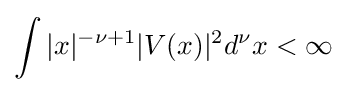
\int |x|^{-\nu +1}|V(x)|^{2}d^{\nu }x<\infty